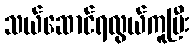
သယ်ဆောင်ရလွယ်ကူပြီး